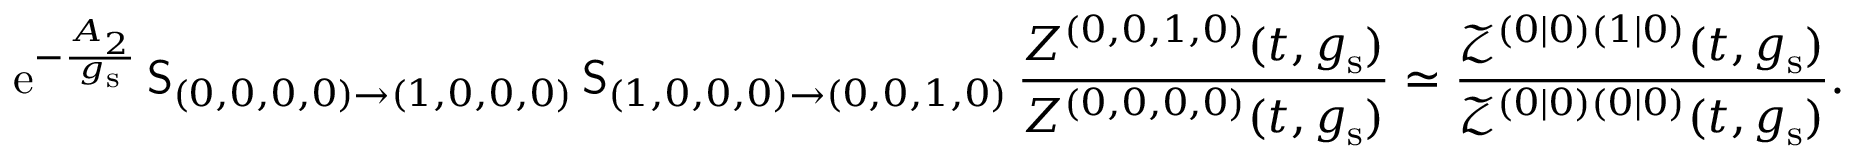
{ \mathrm { e } } ^ { - \frac { A _ { 2 } } { g _ { \mathrm { s } } } } \, \mathsf { S } _ { ( 0 , 0 , 0 , 0 ) \to ( 1 , 0 , 0 , 0 ) } \, \mathsf { S } _ { ( 1 , 0 , 0 , 0 ) \to ( 0 , 0 , 1 , 0 ) } \, \frac { Z ^ { ( 0 , 0 , 1 , 0 ) } ( t , g _ { \mathrm { s } } ) } { Z ^ { ( 0 , 0 , 0 , 0 ) } ( t , g _ { \mathrm { s } } ) } \simeq \frac { \mathcal { Z } ^ { ( 0 | 0 ) ( 1 | 0 ) } ( t , g _ { \mathrm { s } } ) } { \mathcal { Z } ^ { ( 0 | 0 ) ( 0 | 0 ) } ( t , g _ { \mathrm { s } } ) } .